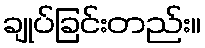
ချုပ်ခြင်းတည်း။